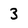
Character: 3